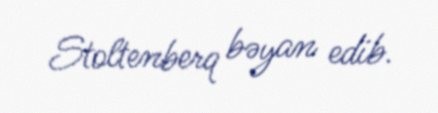
Stoltenberq bəyan edib.